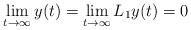
LaTeX: \begin{align*}\lim\limits_{t\rightarrow\infty} y(t)=\lim\limits_{t\rightarrow\infty} L_{1}y(t)=0\end{align*}